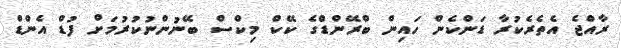
ރާއްޖެ އެތެރެކުރާ ޑަންކެން ހައިން ބްރޭންޑްގެ ކޭކް މިކްސް ބޭނުންނުކުރުމަށް ފުޑް އެންޑް